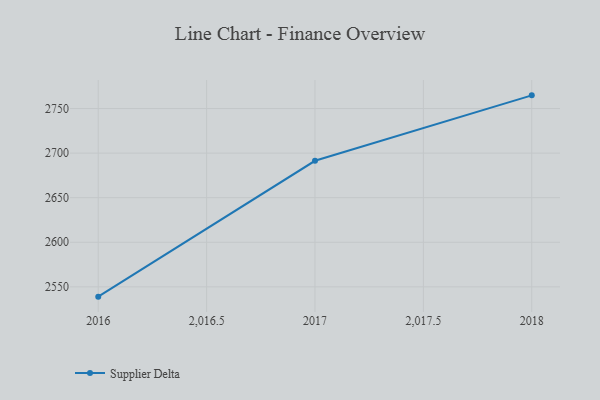
{"axis": {"x": "Year", "y": "Temperature (°C)"}, "legend": ["Supplier Delta"], "data": [{"x": "2016", "y": 2539.0, "type": "Supplier Delta"}, {"x": "2017", "y": 2691.4, "type": "Supplier Delta"}, {"x": "2018", "y": 2764.8, "type": "Supplier Delta"}]}